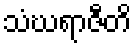
သံဃရာဇီတိ